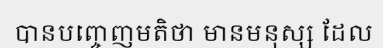
បានបញ្ចេញមតិថា មានមនុស្ស ដែល